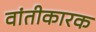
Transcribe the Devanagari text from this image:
वांतीकारक